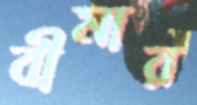
বীমার